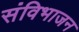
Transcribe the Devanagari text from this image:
संविभाजन